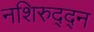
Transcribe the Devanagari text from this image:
नशिरुद्द्न